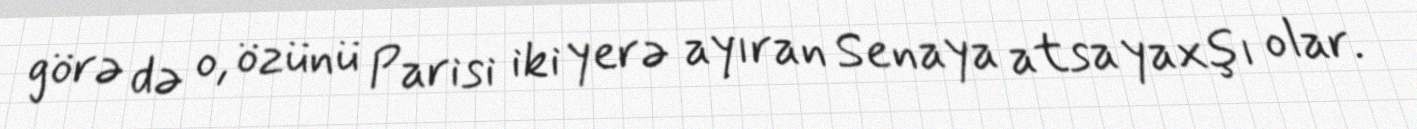
görə də o, özünü Parisi iki yerə ayıran Senaya atsa yaxşı olar.